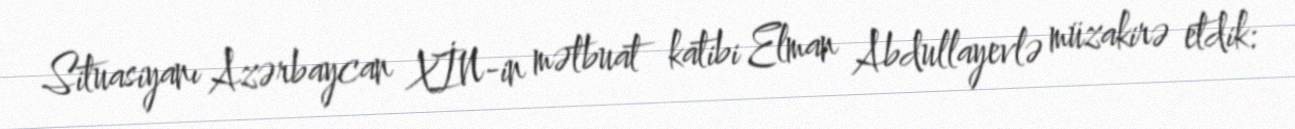
Situasiyanı Azərbaycan XİN-in mətbuat katibi Elman Abdullayevlə müzakirə etdik: